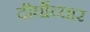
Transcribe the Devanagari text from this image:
दीर्घोच्चार